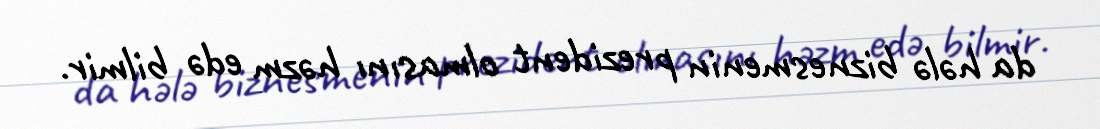
da hələ biznesmenin prezident olmasını həzm edə bilmir.